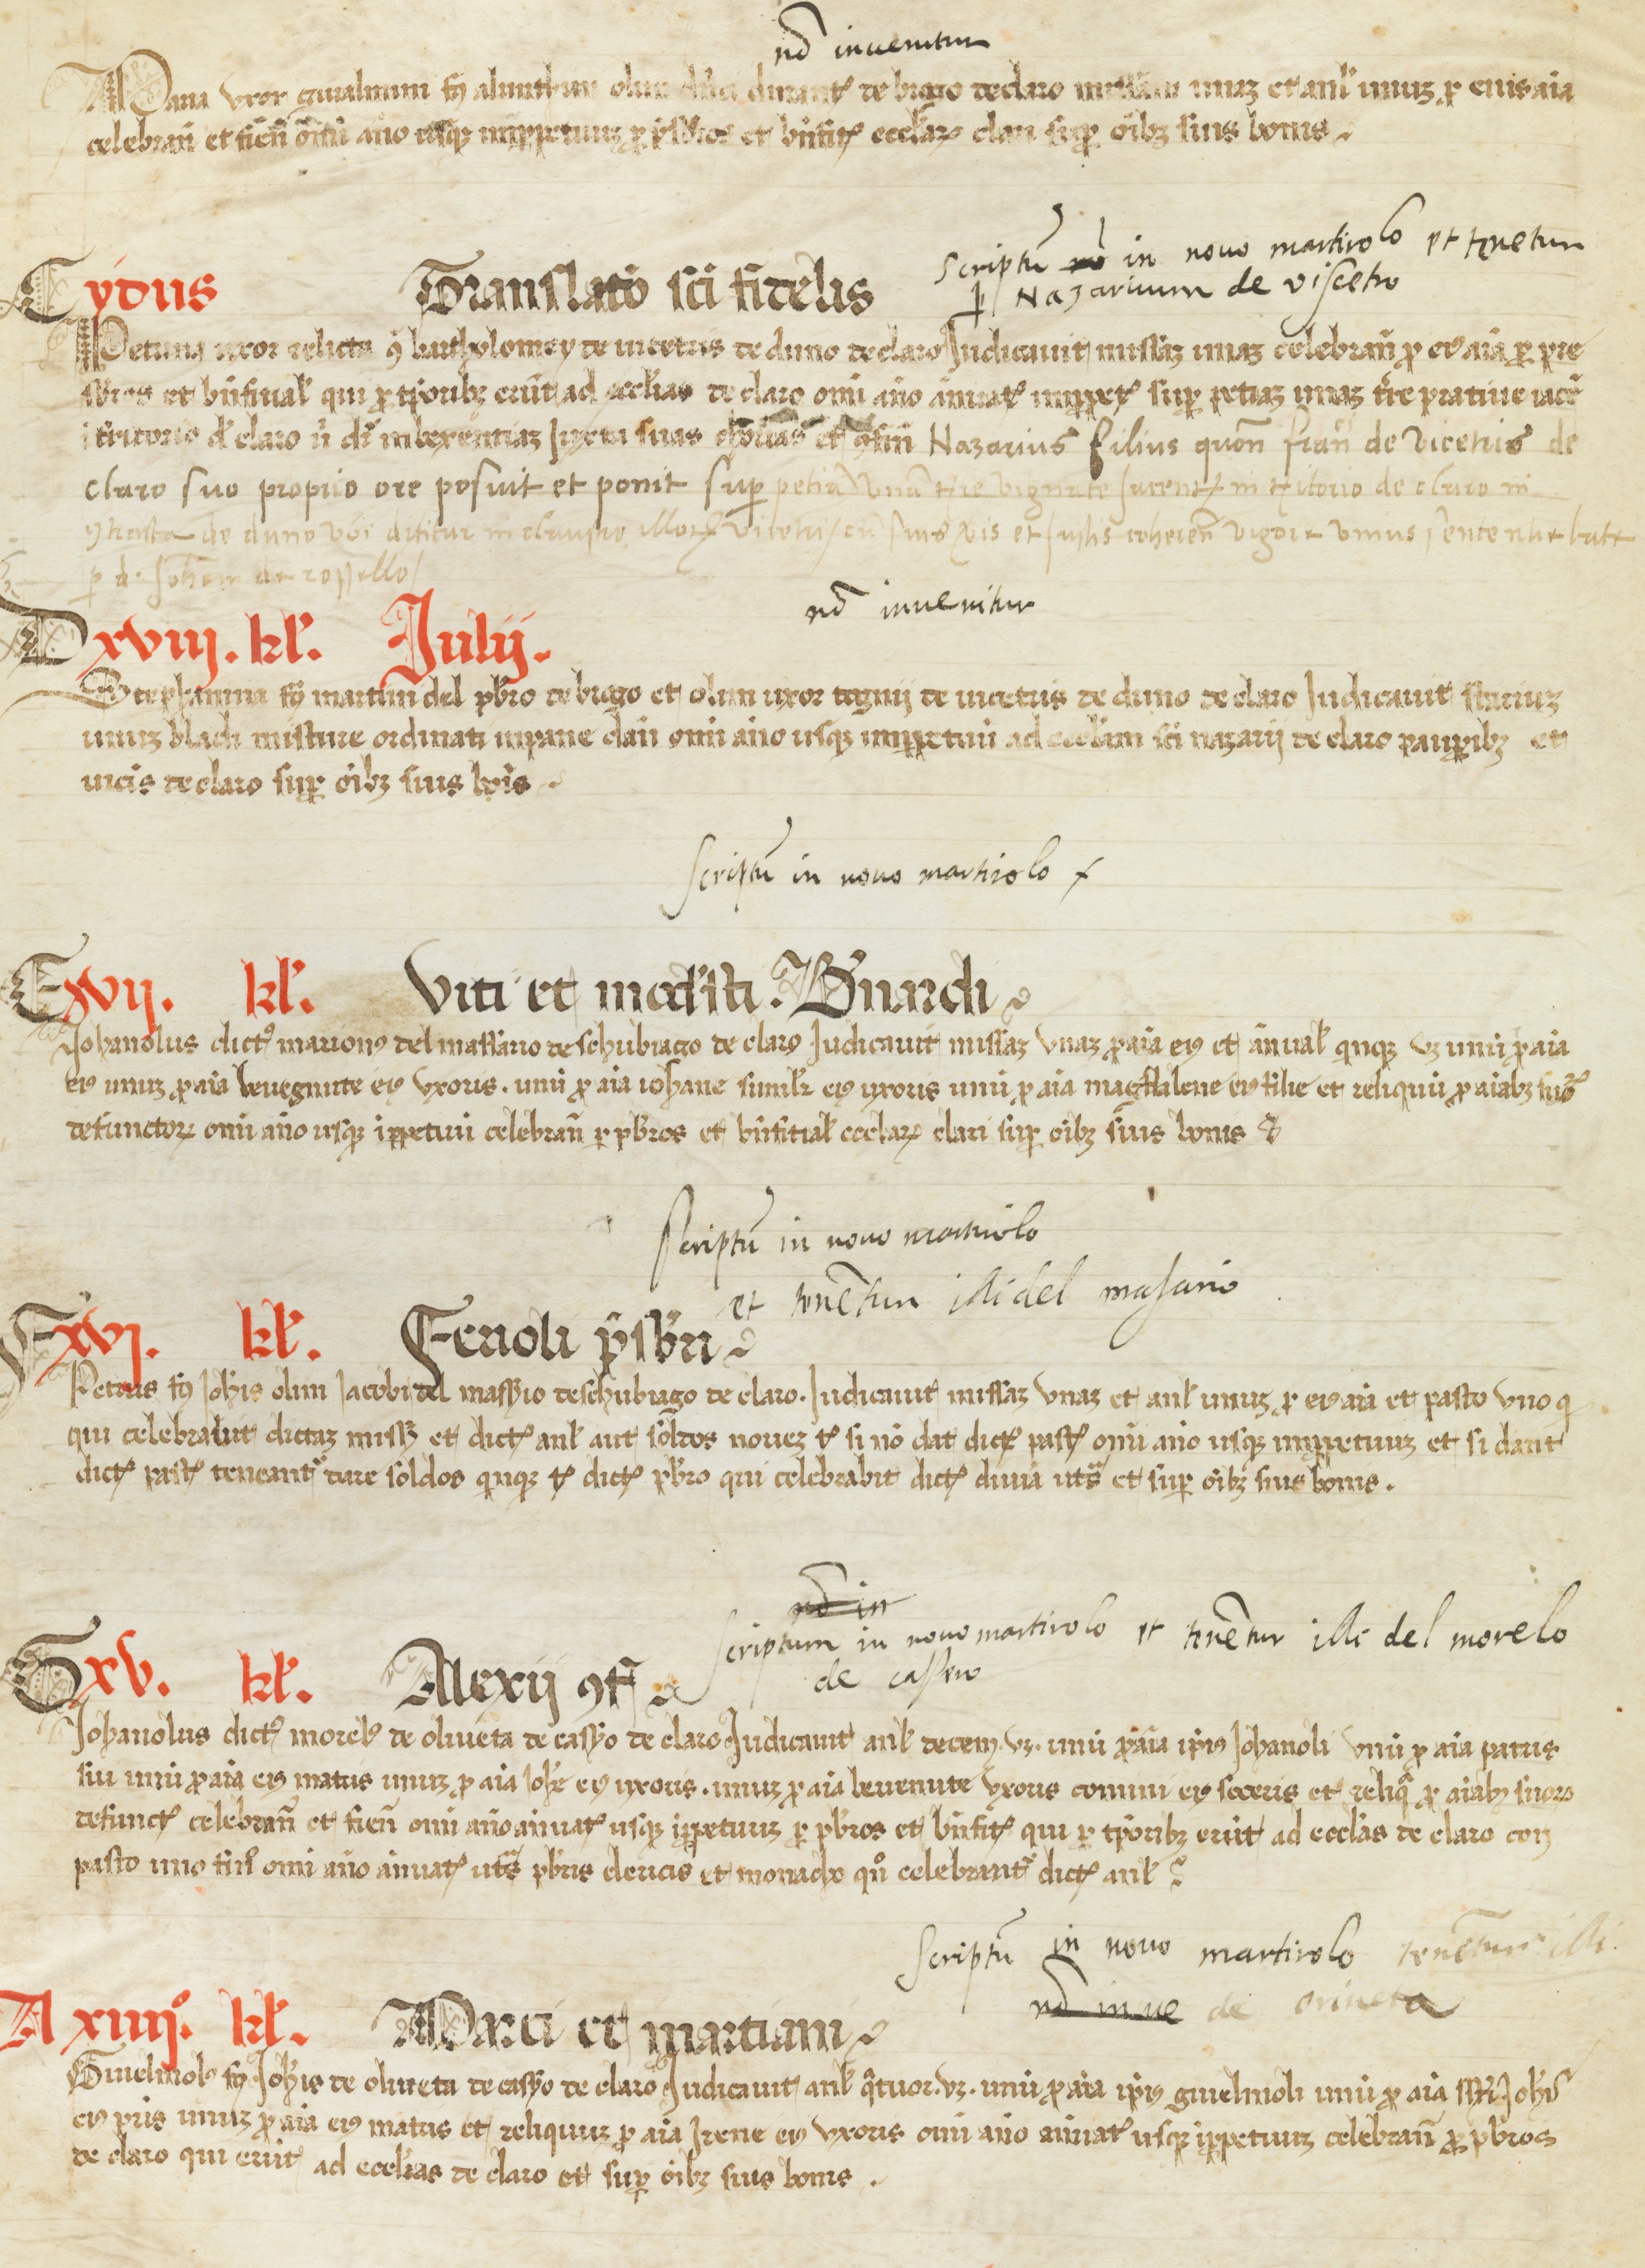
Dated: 1450–1499